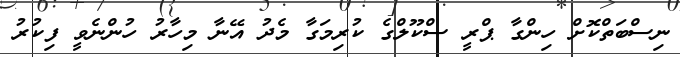
ނިސްބަތްކޮށް ހިންގާ ޕްރީ ސްކޫލްގެ ކުރިމަގާ މެދު އޭނާ މިހާރު ހުންނެވީ ފިކުރު